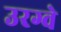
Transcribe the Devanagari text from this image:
उरग्वे